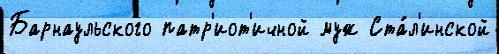
Барнаульского патр'иот'ичной муж Ста́л'инской